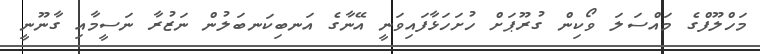
މަހްލޫފްގެ މައްސަލަ ވޯކިން ގުރޫޕަށް ހުށަހަޅާފައިވަނީ އޭނާގެ އަނބިކަނބަލުން ނަޒުރާ ނަސީމާއި ގާނޫނީ